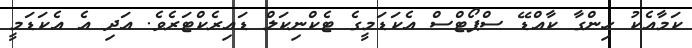
ކަމާއެކު ހިންގާ ކާއްޑޭ ސްޕޯޓްސް އެކަޑަމީގެ ޓެކްނިކަލް ޑައިރެކްޓަރެވެ. އަދި އެ އެކަޑަމީ